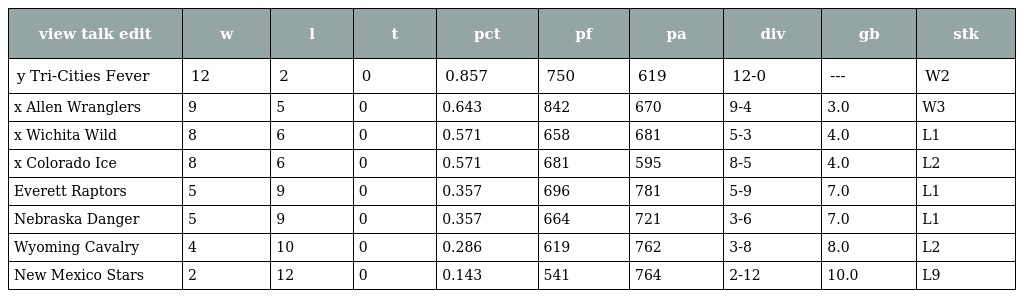
| view talk edit | w | l | t | pct | pf | pa | div | gb | stk |
 | --- | --- | --- | --- | --- | --- | --- | --- | --- | --- |
 | y Tri-Cities Fever | 12 | 2 | 0 | 0.857 | 750 | 619 | 12-0 | --- | W2 |
 | x Allen Wranglers | 9 | 5 | 0 | 0.643 | 842 | 670 | 9-4 | 3.0 | W3 |
 | x Wichita Wild | 8 | 6 | 0 | 0.571 | 658 | 681 | 5-3 | 4.0 | L1 |
 | x Colorado Ice | 8 | 6 | 0 | 0.571 | 681 | 595 | 8-5 | 4.0 | L2 |
 | Everett Raptors | 5 | 9 | 0 | 0.357 | 696 | 781 | 5-9 | 7.0 | L1 |
 | Nebraska Danger | 5 | 9 | 0 | 0.357 | 664 | 721 | 3-6 | 7.0 | L1 |
 | Wyoming Cavalry | 4 | 10 | 0 | 0.286 | 619 | 762 | 3-8 | 8.0 | L2 |
 | New Mexico Stars | 2 | 12 | 0 | 0.143 | 541 | 764 | 2-12 | 10.0 | L9 |